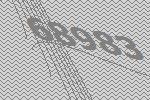
68983